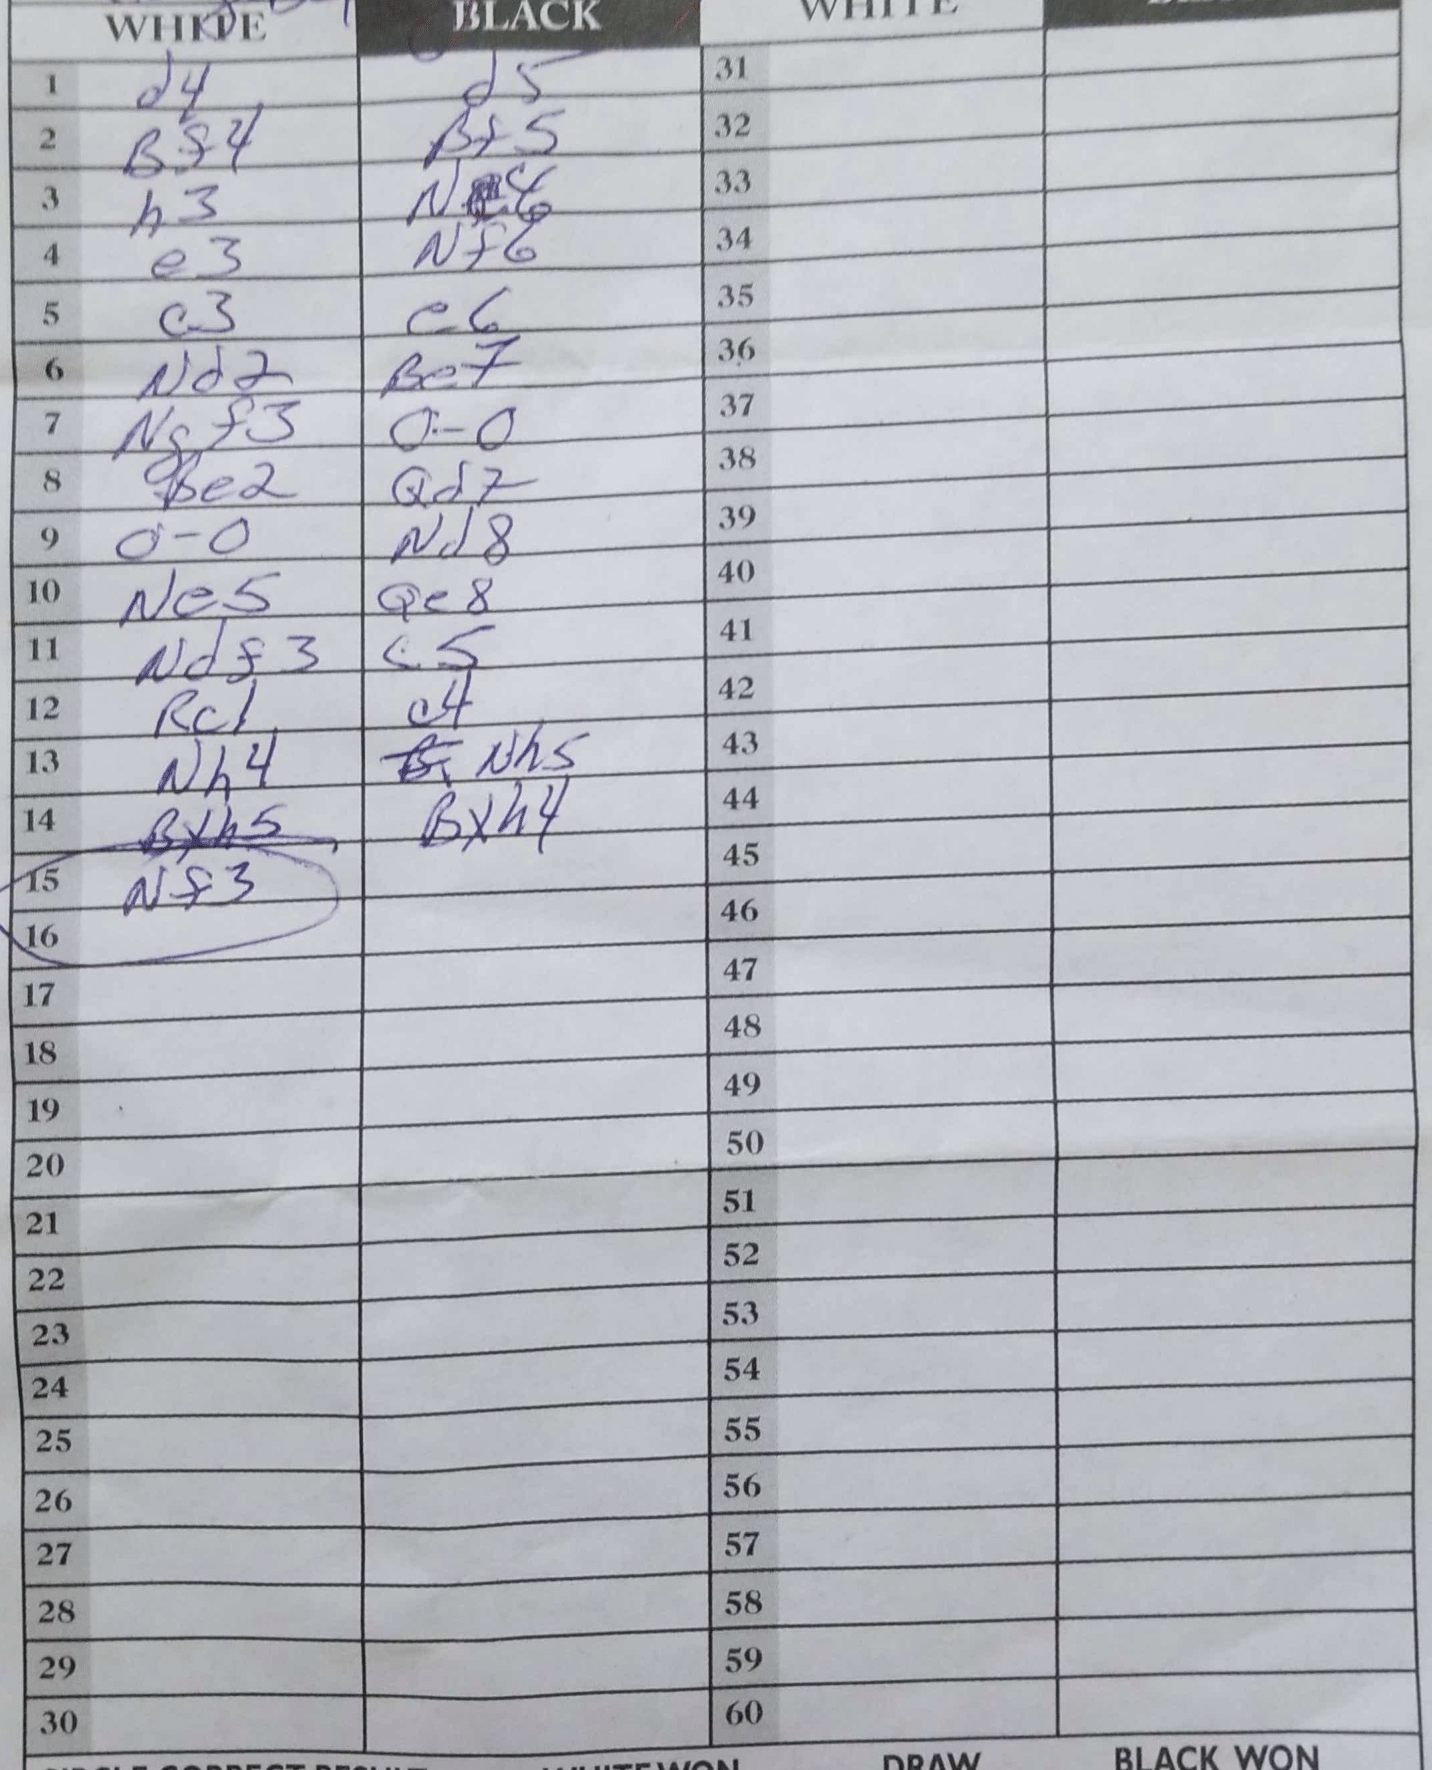
Moves: d4 d5 Bf4 Bf5 h3 N4 e3 Nf6 c3 e6 Nd2 Be7 Ngf3 O-O Be2 Qd7 O-O Nd8 Ne5 Qe8 Ndf3 c5 Rc1 c4 Nh4 Nh5 Bxh5 Bxh4 Nf3